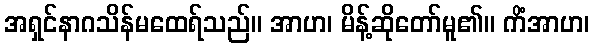
အရှင်နာဂသိန်မထေရ်သည်။ အာဟ၊ မိန့်ဆိုတော်မူ၏။ ကိံအာဟ၊